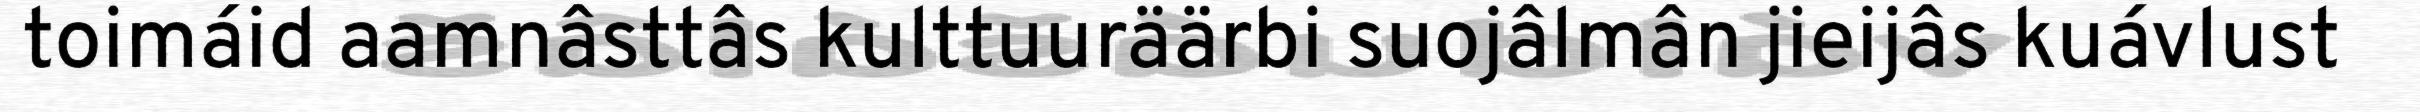
toimáid aamnâsttâs kulttuuräärbi suojâlmân jieijâs kuávlust